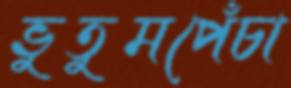
ভুতুমপেঁচা